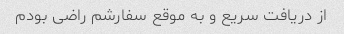
از دریافت سریع و به موقع سفارشم راضی بودم